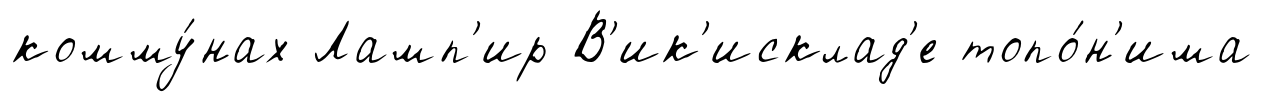
комму́нах Ламп'ир В'ик'исклад'е топо́н'има